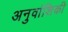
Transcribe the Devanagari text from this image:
अनुवांशिकी